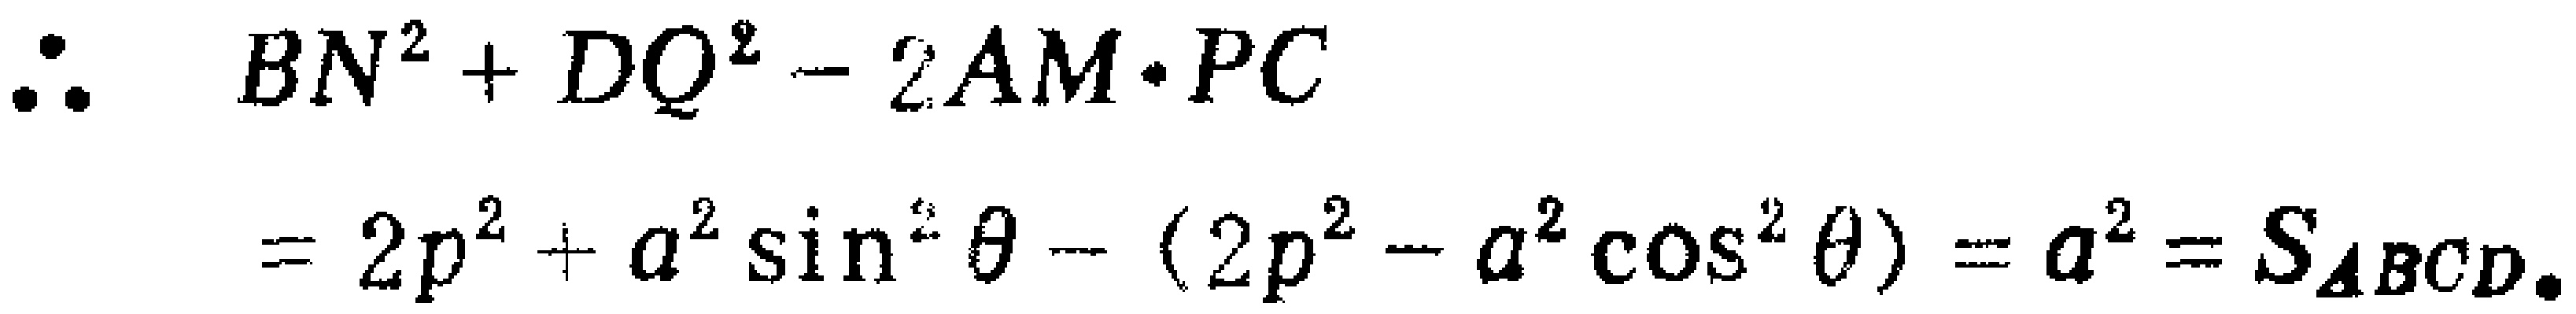
\(\therefore\quad BN^{2}+DQ^{2}-2AM\cdot PC\\
=2p^{2}+a^{2}\sin^{2}\theta-(2p^{2}-a^{2}\cos^{2}\theta)=a^{2}=S_{\Delta BCD}.\)